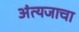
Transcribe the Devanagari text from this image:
अंत्यजाचा